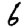
Digit: 6